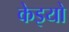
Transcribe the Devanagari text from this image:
केइयो